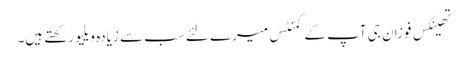
تھینکس فوزان جی آپ کے کمنٹس میرے لئے سب سے زیادہ ویلیو رکھتے ہیں۔